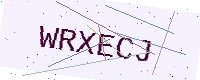
Text: WRXECJ